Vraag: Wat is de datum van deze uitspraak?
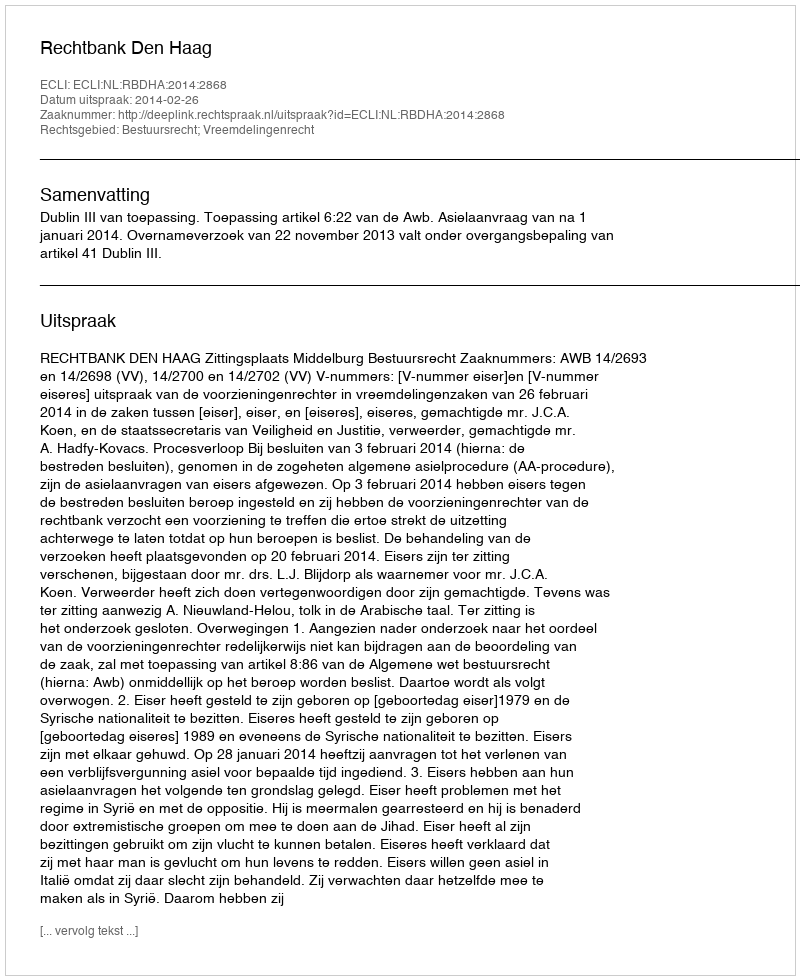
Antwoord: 2014-02-26